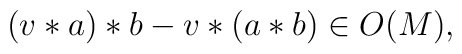
(v * a) * b -v * (a *b) \in O(M),